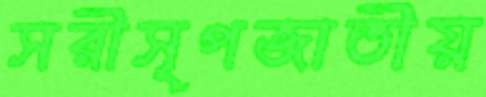
সরীসৃপজাতীয়